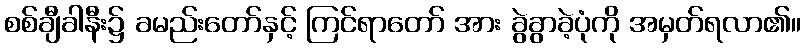
စစ်ချီခါနီး၌ ခမည်းတော်နှင့် ကြင်ရာတော် အား ခွဲခွာခဲ့ပုံကို အမှတ်ရလာ၏။